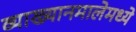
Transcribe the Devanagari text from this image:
व्याख्यानमालेमध्ये